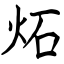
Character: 炻